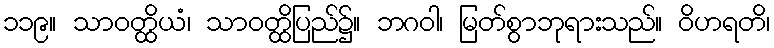
၁၁၉။ သာဝတ္ထိယံ၊ သာဝတ္ထိပြည်၌။ ဘဂဝါ၊ မြတ်စွာဘုရားသည်။ ဝိဟရတိ၊